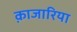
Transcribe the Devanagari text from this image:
क़ाजारिया